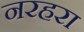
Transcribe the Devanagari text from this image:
नरहरा